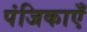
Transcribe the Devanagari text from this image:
पंजिकाएँ